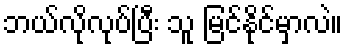
ဘယ်လိုလုပ်ပြီး သူ မြင်နိုင်မှာလဲ။